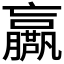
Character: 𡳴